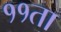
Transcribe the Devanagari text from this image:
११ता